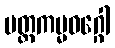
ပတ္တကမ္မဝဂ္ဂေါ